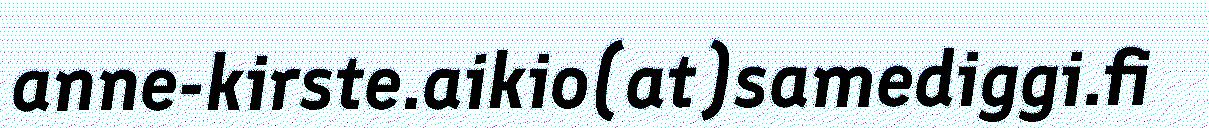
anne-kirste.aikio(at)samediggi.fi